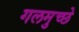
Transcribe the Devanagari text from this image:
गलमुच्छे